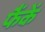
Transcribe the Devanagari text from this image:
फैंकें